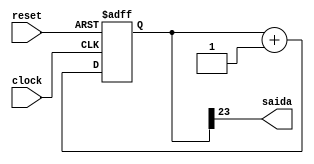
//o divisor de frequencia  um simulador de frequencia mais baixa para visualizar melhor a mudana de estados do contador
module divisor_freq(saida,reset,clock);//variaveis de saida e entradas, respectivamente

 input reset,clock; //as entradas so o reset e o clock
 output saida;//a saida  o resultado de todo o processo
	reg [23:0] Q;//a variavel q contm o n de bits necessrios para o divisor ter a frequencia mais baixa
 
	//carregamos o q do zero
 initial
 begin
 Q = 24'b000;
 end
 
 //usamos o ambiente always na borda de subida do clock e do reset
 always @ (posedge clock or posedge reset)
 begin
	 if (reset == 1'b1) //se o reset estiver habilitado
	begin
		Q = 24'b000; //q comea do zero
	end
	
	else
		begin //caso contrrio ele comea a contar mais um at chegar no 24 bit
			Q = Q + 1;
		end
end

	//a saida ser toda a soma no vetor q
  assign saida = Q[23];
  
endmodule